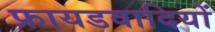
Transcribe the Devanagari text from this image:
फ्रायडवादियों